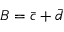
B = \bar { c } + \bar { d }